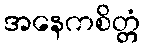
အနေကစိတ္တံ